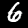
Digit: 6